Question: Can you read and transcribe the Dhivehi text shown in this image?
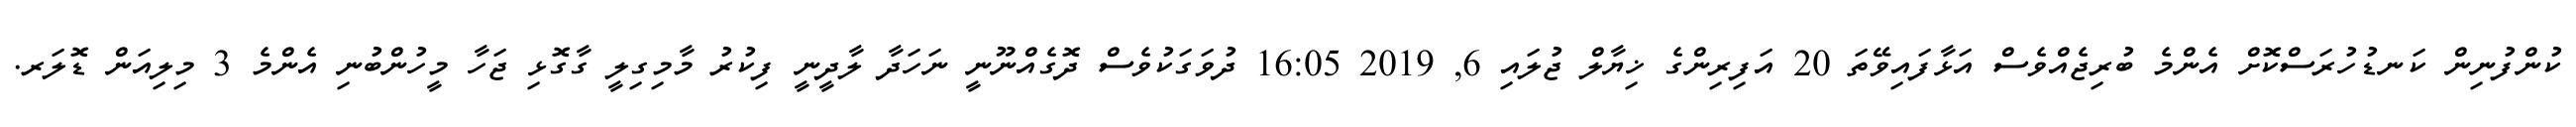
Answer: ކުންފުނިން ކަނޑުހުރަސްކޮށް އެންމެ ބުރިޖެއްވެސް އަޅާފައިވޭތަ 20 އަފިރިންގެ ޚިޔާލް ޖުލައި 6, 2019 16:05 ދުވަގަކުވެސް ދޮގެއްނޫނީ ނަހަދާ ލާދީނީ ފިކުރު މާމިގިލީ ގާގޮޅި ޖަހާ މީހުންބުނި އެންމެ 3 މިލިއަން ޑޮލަރ.